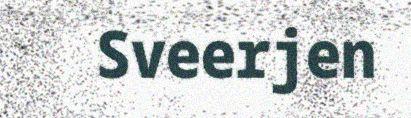
Sveerjen